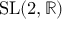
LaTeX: \operatorname { S L } ( 2 , \mathbb { R } )